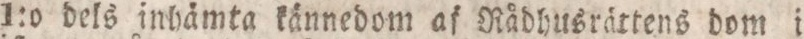
1:o dels inhämta kännedom af Rådhusrättens dom i